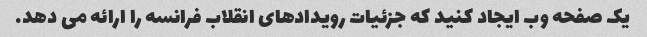
یک صفحه وب ایجاد کنید که جزئیات رویدادهای انقلاب فرانسه را ارائه می دهد.